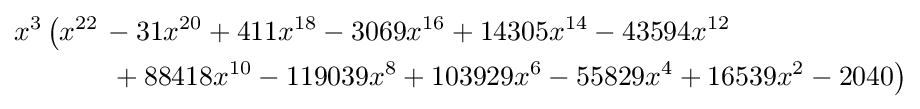
{\begin{aligned}x^{3}\left(x^{22}\right.&{}-31x^{20}+411x^{18}-3069x^{16}+14305x^{14}-43594x^{12}\\&\left.{}+88418x^{10}-119039x^{8}+103929x^{6}-55829x^{4}+16539x^{2}-2040\right)\end{aligned}}